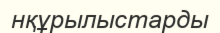
нқұрылыстарды